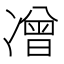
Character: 𭂡